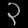
Digit: ၃